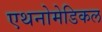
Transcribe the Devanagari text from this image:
एथनोमेडिकल